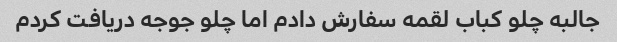
جالبه چلو کباب لقمه سفارش دادم اما چلو جوجه دریافت کردم